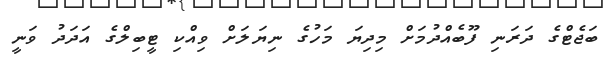
ބަޖެޓްގެ ދަރަނި ފޫބެއްދުމަށް މިދިޔަ މަހުގެ ނިޔަލަށް ވިއްކި ޓީބިލްގެ އަދަދު ވަނީ